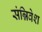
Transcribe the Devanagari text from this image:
संन्निवेश